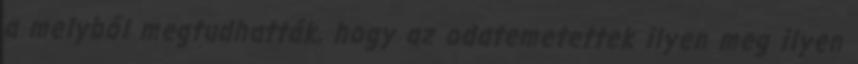
a melyből megtudhatták, hogy az odatemetettek ilyen meg ilyen